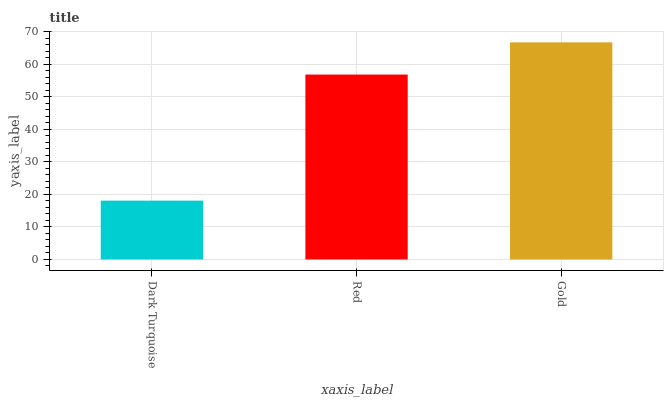
| xaxis_label | bars |
 | --- | --- |
 | Dark Turquoise | 18.1 |
 | Red | 56.9 |
 | Gold | 66.8 |